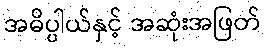
အဓိပ္ပါယ်နှင့် အဆုံးအဖြတ်